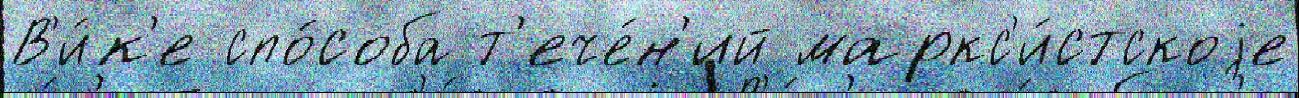
В'и́к'е спо́соба т'ече́н'ий маркс'и́стскоjе